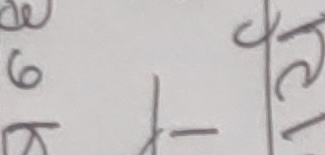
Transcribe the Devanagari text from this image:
ध ख
६ |— २
क र